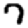
Digit: 7